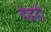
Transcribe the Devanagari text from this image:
बोइडी